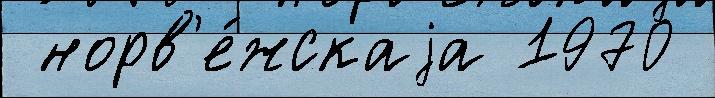
 норв'е́жскаjа 1970